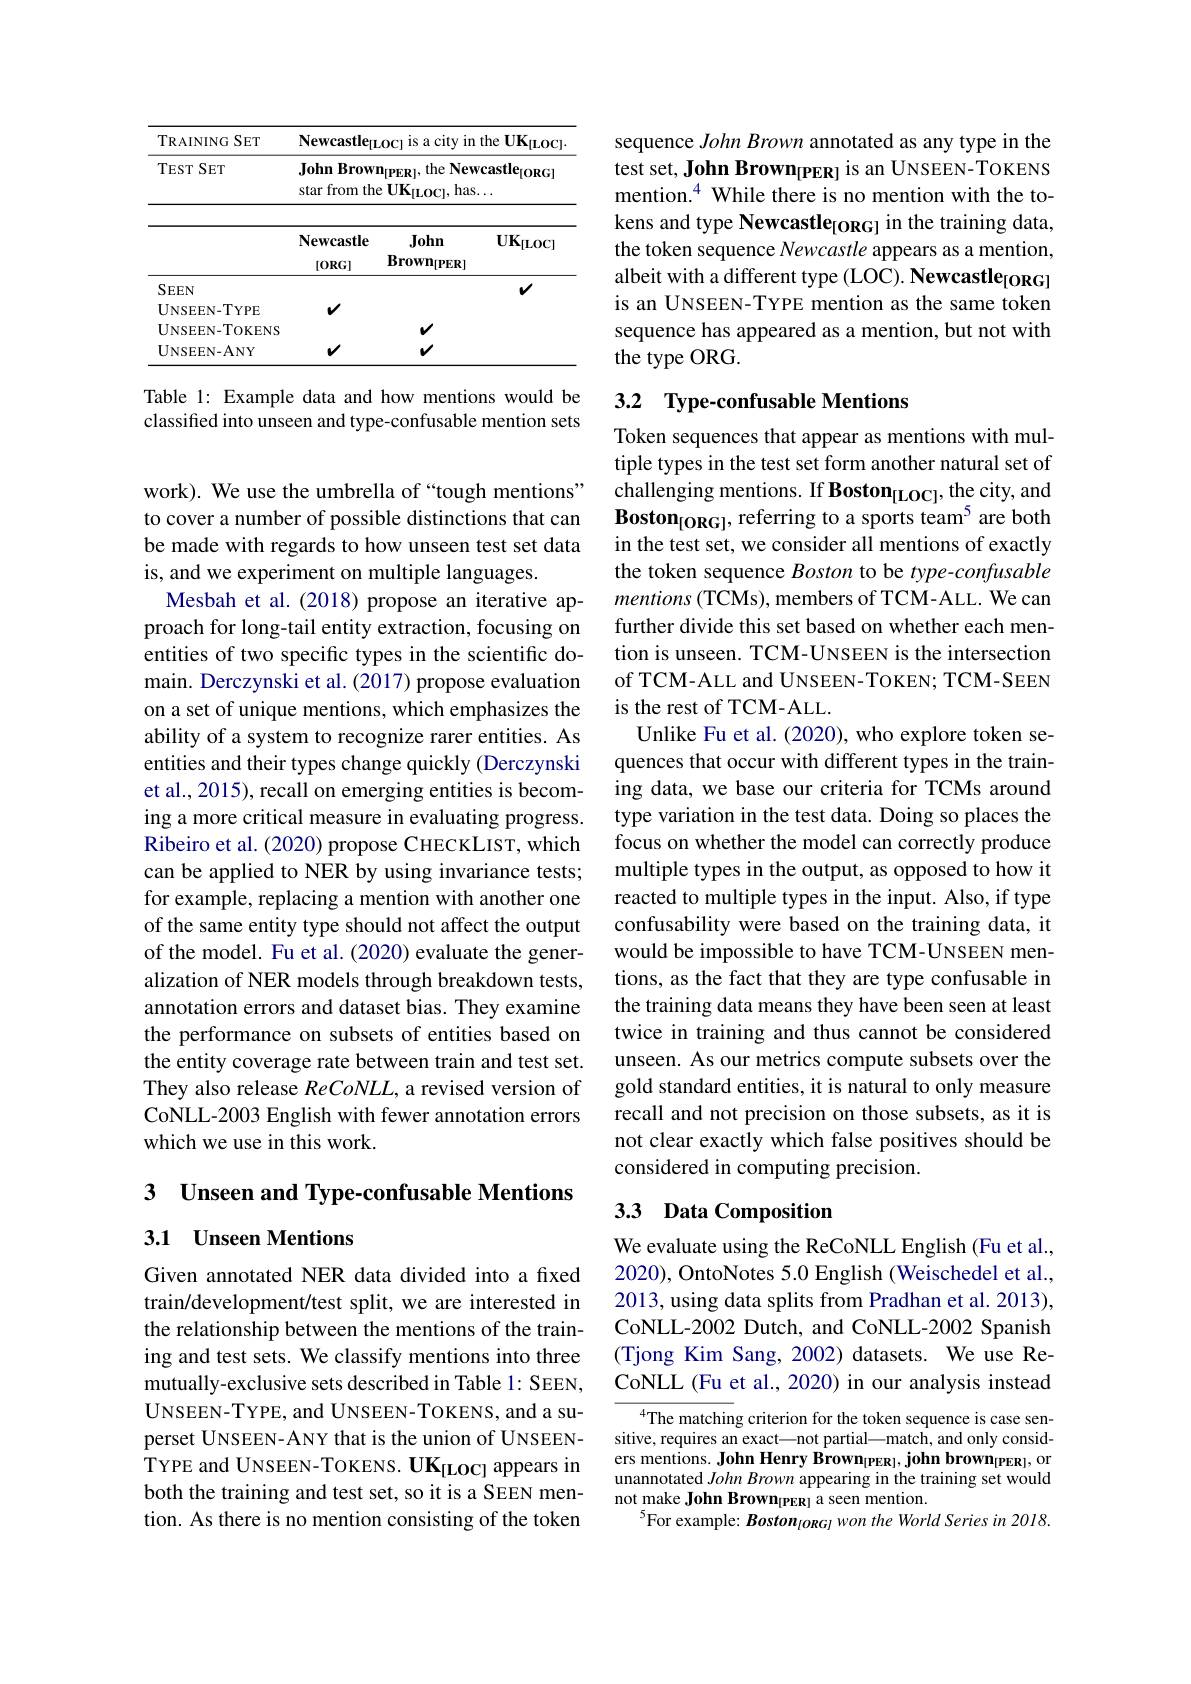
<table>
	<tbody>
		<tr>
			<th>$TRAININGSET$</th>
			<th>Newcastler</th>
			<th>is a city $L0C]$</th>
			<th>the UK$_\mathrm{[LOC]}$ -</th>
		</tr>
		<tr>
			<th>$TEST$ $SET$</th>
			<th>John Brow 1 star from the T </th>
			<th>the New $\mathbf{n}_{[PER]}$, $\mathbf{UK}_{[\mathrm{LOC}]}$, el $has.$ </th>
			<th>${\mathrm{castle}_{[0RG]}}$</th>
		</tr>
		<tr>
			<td>$SEEN$</td>
			<td> </td>
			<td> </td>
			<td>$v$</td>
		</tr>
		<tr>
			<td>$UNSEEN-TYPE$</td>
			<td>$v$</td>
			<td> </td>
			<td> </td>
		</tr>
		<tr>
			<td>$UNSEEN-TOKENS$</td>
			<td> </td>
			<td>$v$</td>
			<td> </td>
		</tr>
		<tr>
			<td>$\mathbf{UNSEEN-ANY}$</td>
			<td>$v$</td>
			<td></td>
			<td> </td>
		</tr>
	</tbody>
</table>

Table 1: Example data and how mentions would be classified into unseen and type-confusable mention sets

to cover a number of possible distinctions that can be made with regards to how unseen test set data is, and we experiment on multiple languages.
Mesbah et al.(2018) propose an iterative approach for long-tail entity extraction, focusing on entities of two specific types in the scientific domain. Derczynski et al. (2017) propose evaluation on a set of unique mentions, which emphasizes the ability of a system to recognize rarer entities. As entities and their types change quickly (Derczynski et al., 2015), recall on emerging entities is becoming a more critical measure in evaluating progress. Ribeiro et al. (2020) propose CHECKLIST, which can be applied to NER by using invariance tests; for example, replacing a mention with another one of the same entity type should not affect the output of the model. Fu et al. (2020) evaluate the generalization of NER models through breakdown tests, annotation errors and dataset bias. They examine the performance on subsets of entities based on the entity coverage rate between train and test set. They also release ReCoNLL, a revised version of CoNLL-2003 English with fewer annotation errors which we use in this work.

3 Unseen and Type-confusable Mentions

3.1 Unseen Mentions

Given annotated NER data divided into a fixed train/development/test split, we are interested in the relationship between the mentions of the training and test sets. We classify mentions into three mutually-exclusive sets described in Table 1: SEEN, UNSEEN- TYPE, and UNSEEN- TOKENS, and a su- perset UNSEEN-ANY that is the union of UNSEENTYPE and UNSEEN-TOKENS. UK$_\mathrm{[LOC]}$ appears in both the training and test set, so it is a SEEN mention. As there is no mention consisting of the token

sequence John Brown annotated as any type in the test set, John Brown$_{[\mathrm{PER}]}$ is an UNSEEN-TOKENS mention.$^{4}$ While there is no mention with the tokens and type Newcastle$_{[\mathrm{ORG}]}$ in the training data, the token sequence Newcastle appears as a mention, albeit with a different type (LOC). Newcastle$_{[\mathrm{ORG}]}$ is an UNSEEN-TYPE mention as the same token sequence has appeared as a mention, but not with the type ORG.

# 3.2 Type-confusable Mentions

Token sequences that appear as mentions with multiple types in the test set form another natural set of
work). We use the umbrella of “tough mentions” challenging mentions. If Boston$_{[\mathrm{LOC}]}$, the city, and
Boston$_{[\mathrm{ORG}]}$, referring to a sports team$^{5}$ are both in the test set, we consider all mentions of exactly the token sequence Boston to be type-confusable mentions (TCMs), members of TCM-ALL. We can further divide this set based on whether each mention is unseen. TCM-UNSEEN is the intersection of TCM-ALL and UNSEEN-TOKEN; TCM-SEEN is the rest of TCM-ALL.
Unlike Fu et al. (2020), who explore token sequences that occur with different types in the training data, we base our criteria for TCMs around type variation in the test data. Doing so places the focus on whether the model can correctly produce multiple types in the output, as opposed to how it reacted to multiple types in the input. Also, if type confusability were based on the training data, it would be impossible to have TCM-UNSEEN mentions, as the fact that they are type confusable in the training data means they have been seen at least twice in training and thus cannot be considered unseen. As our metrics compute subsets over the gold standard entities, it is natural to only measure recall and not precision on those subsets, as it is not clear exactly which false positives should be considered in computing precision.

# 3.3 Data Composition

We evaluate using the ReCoNLL English (Fu et al., 2020), OntoNotes 5.0 English (Weischedel et al., 2013, using data splits from Pradhan et al. 2013), CoNLL-2002 Dutch, and CoNLL-2002 Spanish (Tjong Kim Sang, 2002) datasets. We use ReCoNLL (Fu et al., 2020) in our analysis instead

${^4\text{The matchin}}$g criterion for the token sequence is case sensitive, requires an exact—not partial—match, and only considers mentions. John Henry Brown$_{[\mathrm{PER}]}$, john brown$_{[\mathrm{PER}]}$, or unannotated $John\textit{Brown appearing in the training set would}$ not make John Brow$n_{[ PER] }$ a seen mention.
$^{5}$For example: Boston$_{[ ORG] }won\textit{the World Series in 2018. }$